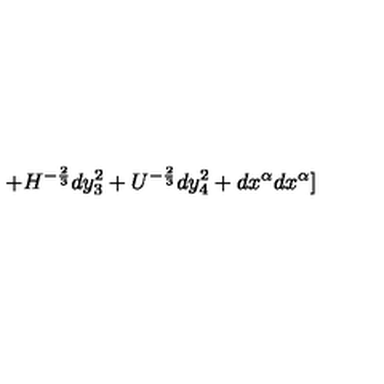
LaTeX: + H ^ { - { \frac { 2 } { 3 } } } d y _ { 3 } ^ { 2 } + U ^ { - { \frac { 2 } { 3 } } } d y _ { 4 } ^ { 2 } + d x ^ { \alpha } d x ^ { \alpha } ]